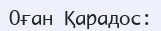
Оған Қарадос: